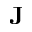
\mathbf { J }